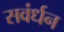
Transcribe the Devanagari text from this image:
सवंर्धन